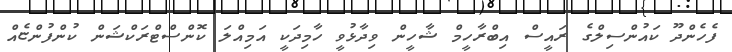
ފެހެންދޫ ކައުންސިލްގެ ރައީސް އިބްރާހީމް ޝާހީން ވިދާޅުވީ ހާމިދަކީ އަމިއްލަ ކޮންސްޓްރަކްޝަން ކުންފުންޏެއް